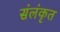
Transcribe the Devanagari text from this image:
संलंकृत